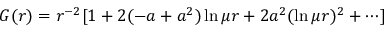
G ( r ) = r ^ { - 2 } [ 1 + 2 ( - a + a ^ { 2 } ) \ln \mu r + 2 a ^ { 2 } ( \ln \mu r ) ^ { 2 } + \cdots ]